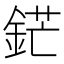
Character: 鋩